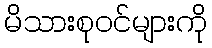
မိသားစုဝင်များကို